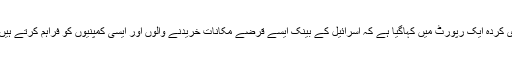
غیر ملکی میڈیا کے مطابق ہیومن رائٹس واچ کی جانب سے جاری کردہ ایک رپورٹ میں کہاگیا ہے کہ اسرائیل کے بینک ایسے قرضے مکانات خریدنے والوں اور ایسی کمپنیوں کو فراہم کرتے ہیں جو مقبوضہ فسلطینی علاقے میں یہودی آباد کاری میں ملوث ہیں۔